Annual report of the Imperial Bacteriologist
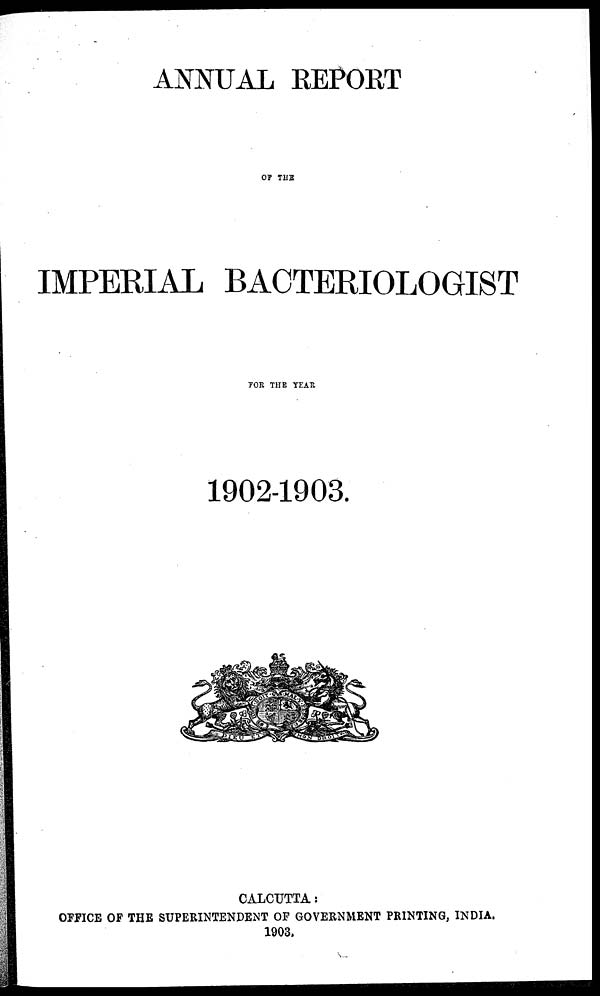
ANNUAL REPORT
OF THE
IMPERIAL BACTERIOLOGIST
FOR THE YEAR
1902-1903.
CALCUTTA :
OFFICE OF THE SUPERINTENDENT OF GOVERNMENT PRINTING, INDIA.
1903.